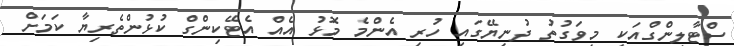
ސްޓާލިންގްއަކީ މިވަގުތު ދުނިޔޭގައި ހުރި އެންމެ މޮޅު އެއް އެޓޭކިންގް ކުޅުންތެރިޔާ ކަމަށް